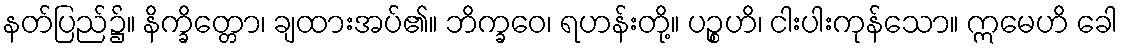
နတ်ပြည်၌။ နိက္ခိတ္တော၊ ချထားအပ်၏။ ဘိက္ခဝေ၊ ရဟန်းတို့။ ပဉ္စဟိ၊ ငါးပါးကုန်သော။ ဣမေဟိ ခေါ